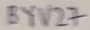
Text: BYV27